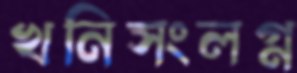
খনিসংলগ্ন